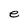
Character: e